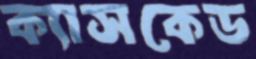
ক্যাসকেড